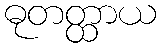
ဓုတတ္ထာယ